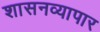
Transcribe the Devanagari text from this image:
शासनव्यापार